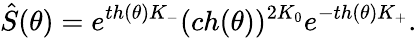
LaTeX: \hat{S}(\theta)=e^{th(\theta)K_{-}}(ch(\theta))^{2K_{0}}e^{-th(\theta)K_{+}}.